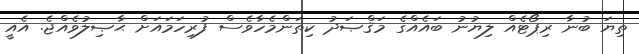
ތިޔަ ބުނާ ރިޕޯޓެއް ލިޔުނު ބައެއްގެ މަޤްޞަދު ކިތަންމެހާވެސް ފުރިހަމައަށް ޙާޞިލުވެއްޖެ. އެއީ